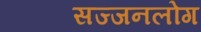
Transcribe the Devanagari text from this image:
सज्जनलोग